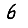
Digit: 6